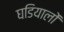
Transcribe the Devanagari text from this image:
घडियालों